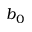
b _ { 0 }